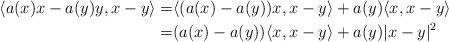
LaTeX: \begin{align*}\langle a(x)x-a(y)y,x-y\rangle=&\langle(a(x)-a(y))x,x-y\rangle+a(y)\langle x,x-y\rangle\\=&(a(x)-a(y))\langle x,x-y\rangle+a(y)|x-y|^{2}\end{align*}